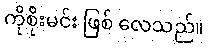
ကိုစိုးမင်း ဖြစ် လေသည်။